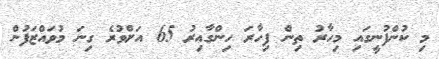
މި ކުންފުނީގައި މިހާރު ތިން ފިހާރަ ހިންގާއިރު 65 އަށްވުރެ ގިނަ މުވައްޒަފުން